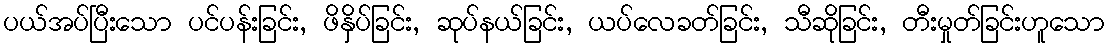
ပယ်အပ်ပြီးသော ပင်ပန်းခြင်း, ဖိနှိပ်ခြင်း, ဆုပ်နယ်ခြင်း, ယပ်လေခတ်ခြင်း, သီဆိုခြင်း, တီးမှုတ်ခြင်းဟူသော